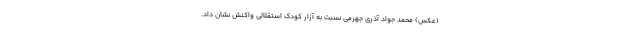
(عکس) محمد جواد آذری جهرمی نسبت به آزار کودک استقلالی واکنش نشان داد.